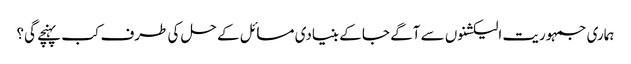
ہماری جمہوریت الیکشنوں سے آگے جا کے بنیادی مسائل کے حل کی طرف کب پہنچے گی؟